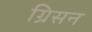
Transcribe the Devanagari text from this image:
ग्रिसन